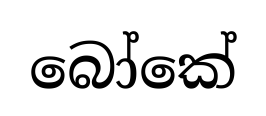
බෝකේ